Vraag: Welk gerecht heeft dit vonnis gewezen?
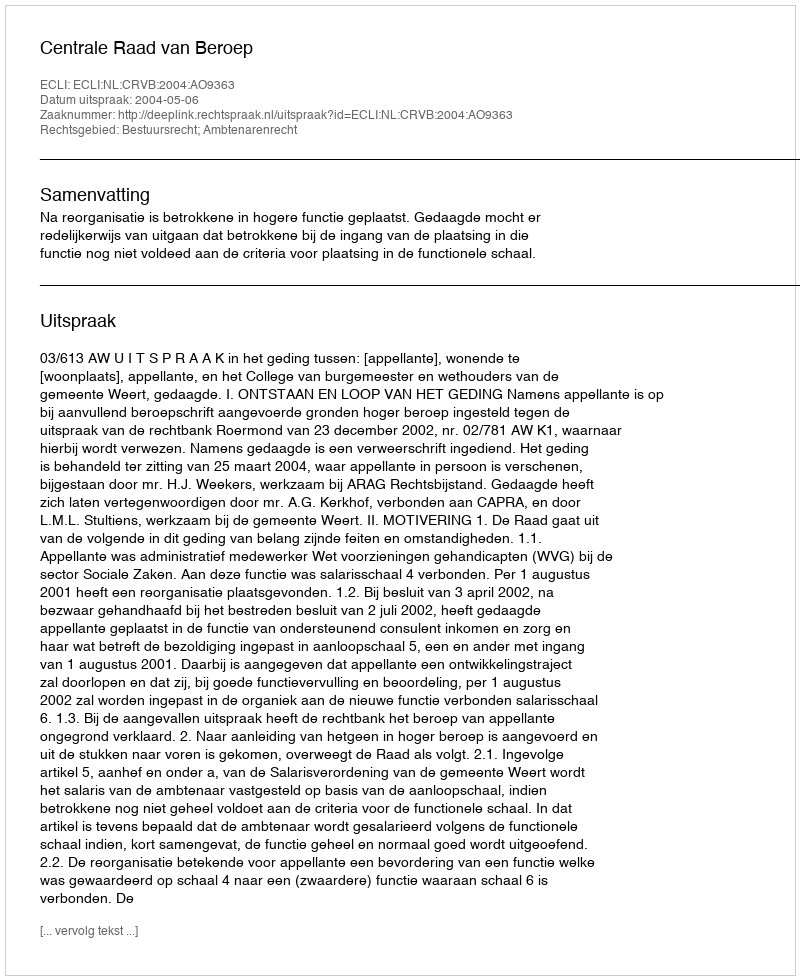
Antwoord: Centrale Raad van Beroep